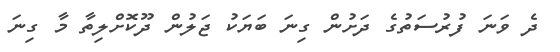
ދެ ވަނަ ފުރުސަތުގެ ދަށުން ގިނަ ބަޔަކު ޖަލުން ދޫކޮށްލިތާ މާ ގިނަ